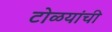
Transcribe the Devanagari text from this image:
टोळयांची